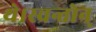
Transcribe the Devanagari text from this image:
थे।स्च्रन्तोन्